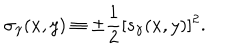
\sigma _ { \gamma } ( x , y ) \equiv \pm { \frac { 1 } { 2 } } [ s _ { \gamma } ( x , y ) ] ^ { 2 } .